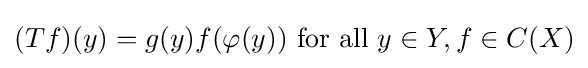
(Tf)(y)=g(y)f(\varphi (y)){\mbox{ for all }}y\in Y,f\in C(X)